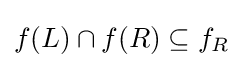
f(L)\cap f(R)\subseteq f_{R}